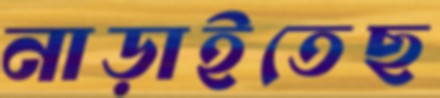
নাড়াইতেছ